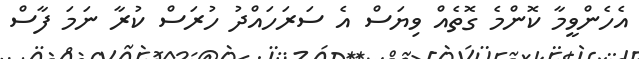
އެހެންވީމާ ކޮންމެ ގޮތެއް ވިޔަސް އެ ސަރަހައްދު ހުރަސް ކުރާ ނަމަ ފާސް